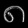
Digit: ၈